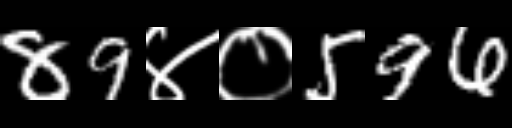
Text: 89४०596